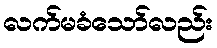
လက်မခံသော်လည်း